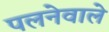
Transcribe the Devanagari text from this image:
पलनेवाले